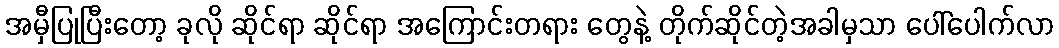
အမှီပြုပြီးတော့ ခုလို ဆိုင်ရာ ဆိုင်ရာ အကြောင်းတရား တွေနဲ့ တိုက်ဆိုင်တဲ့အခါမှသာ ပေါ်ပေါက်လာ